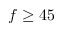
f \geq 4 5